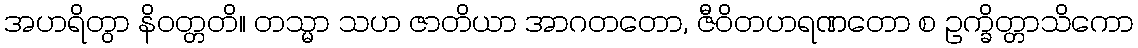
အဟရိတွာ နိဝတ္တတိ။ တသ္မာ သဟ ဇာတိယာ အာဂတတော, ဇီဝိတဟရဏတော စ ဥက္ခိတ္တာသိကော